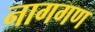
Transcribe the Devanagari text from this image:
नागगण